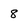
Character: 8